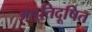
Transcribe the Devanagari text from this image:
अपूतिदूषित